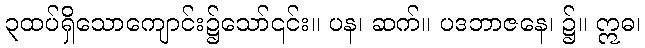
၃ထပ်ရှိသောကျောင်း၌သော်၎င်း။ ပန၊ ဆက်။ ပဒဘာဇနေ၊ ၌။ ဣဓ၊